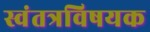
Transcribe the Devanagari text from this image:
स्वंतत्रविषयक